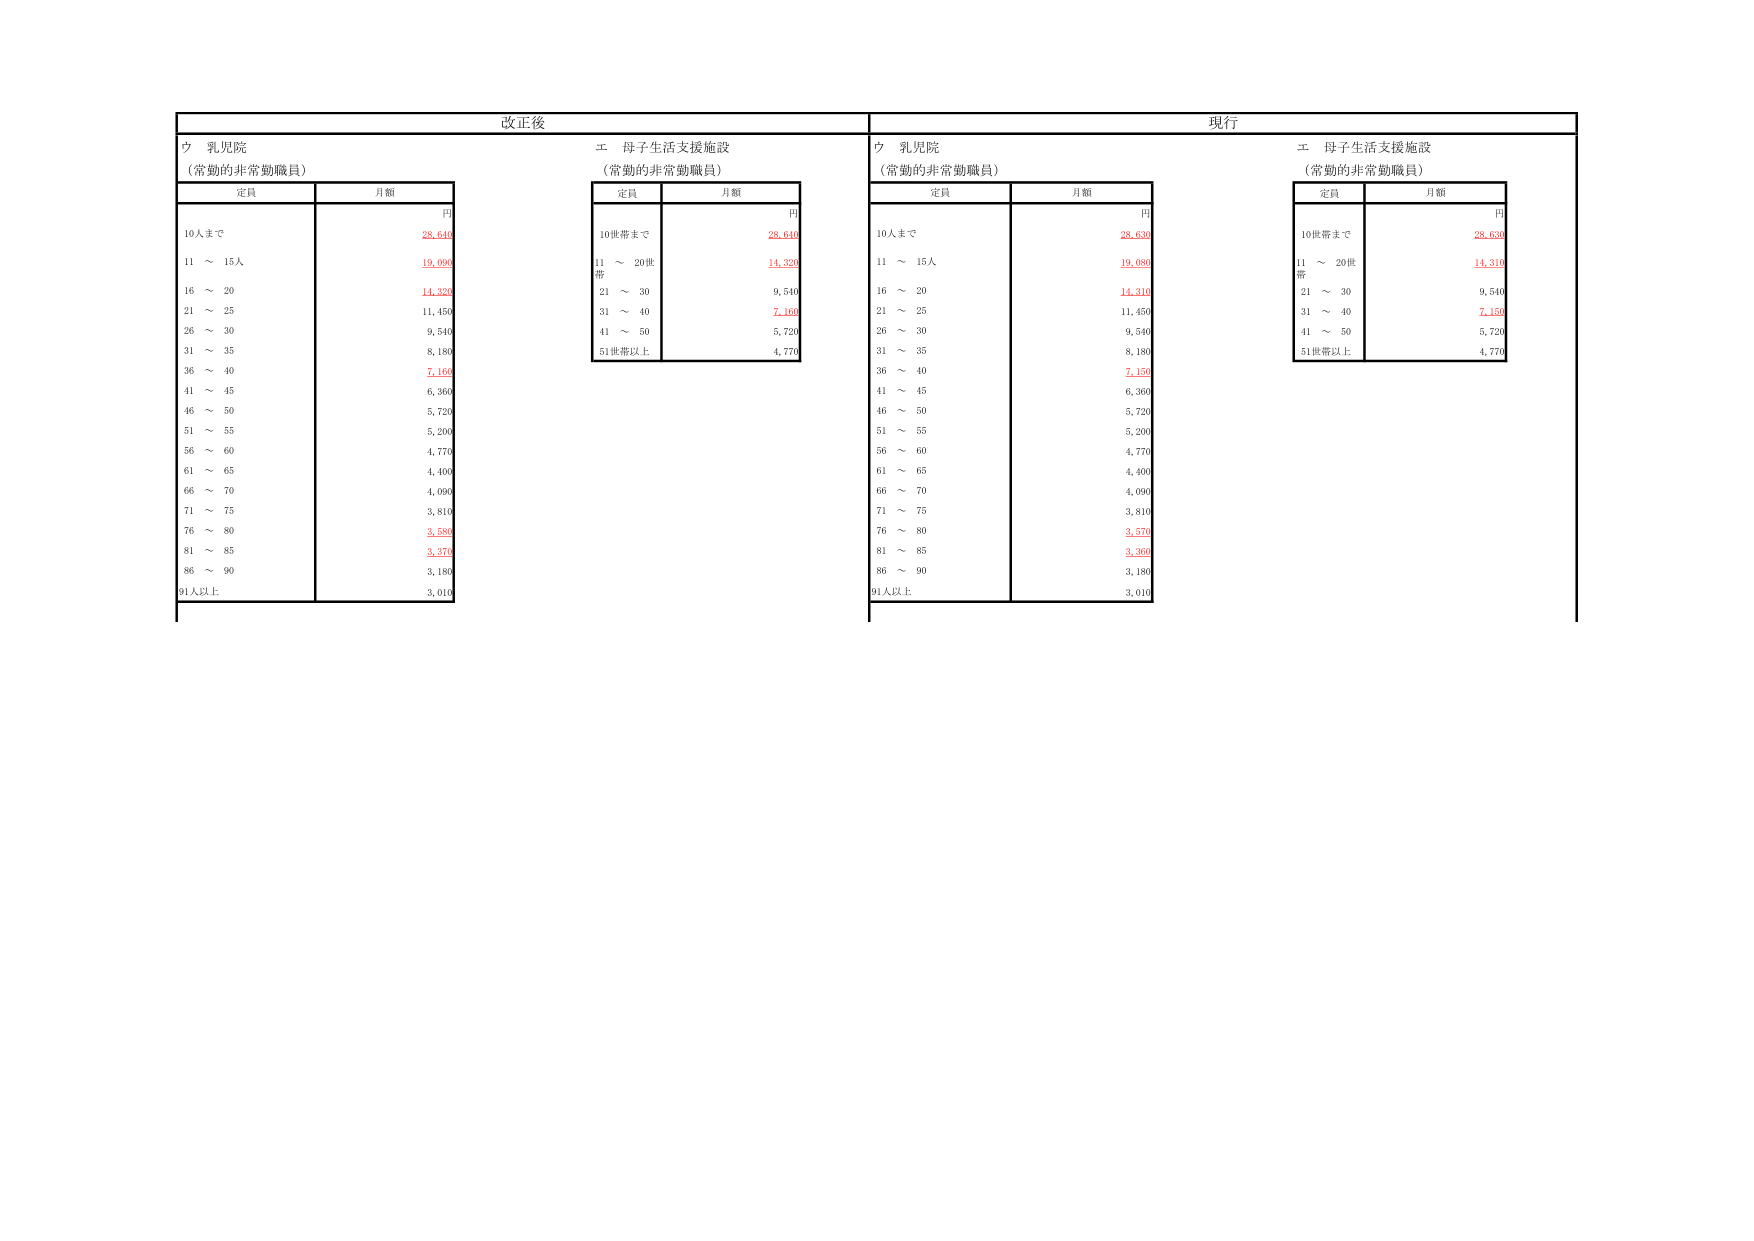
改正後
ウ 乳児院
（常勤的非常勤職員）
定員
月額
円
10人まで
28,640
11 ～ 15人
19,090
16 ～ 20
14,320
21 ～ 25
11,450
26 ～ 30
9,540
31 ～ 35
8,180
36 ～ 40
7,160
41 ～ 45
6,360
46 ～ 50
5,720
51 ～ 55
5,200
56 ～ 60
4,770
61 ～ 65
4,400
66 ～ 70
4,090
71 ～ 75
3,810
76 ～ 80
3,580
81 ～ 85
3,370
86 ～ 90
3,180
91人以上
3,010

エ 母子生活支援施設
（常勤的非常勤職員）
定員
月額
円
10世帯まで
28,640
11 ～ 20世帯
14,320
21 ～ 30
9,540
31 ～ 40
7,160
41 ～ 50
5,720
51世帯以上
4,770

現行
ウ 乳児院
（常勤的非常勤職員）
定員
月額
円
10人まで
28,630
11 ～ 15人
19,080
16 ～ 20
14,310
21 ～ 25
11,450
26 ～ 30
9,540
31 ～ 35
8,180
36 ～ 40
7,150
41 ～ 45
6,360
46 ～ 50
5,720
51 ～ 55
5,200
56 ～ 60
4,770
61 ～ 65
4,400
66 ～ 70
4,090
71 ～ 75
3,810
76 ～ 80
3,570
81 ～ 85
3,360
86 ～ 90
3,180
91人以上
3,010

エ 母子生活支援施設
（常勤的非常勤職員）
定員
月額
円
10世帯まで
28,630
11 ～ 20世帯
14,310
21 ～ 30
9,540
31 ～ 40
7,150
41 ～ 50
5,720
51世帯以上
4,770